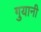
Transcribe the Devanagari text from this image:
गुयानी